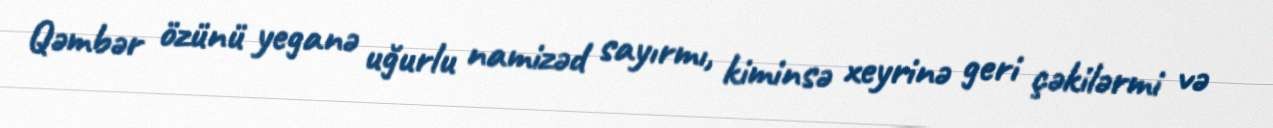
Qəmbər özünü yeganə uğurlu namizəd sayırmı, kiminsə xeyrinə geri çəkilərmi və